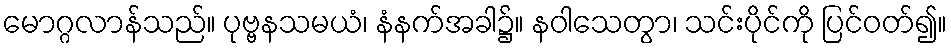
မောဂ္ဂလာန်သည်။ ပုဗ္ဗနသမယံ၊ နံနက်အခါ၌။ နဝါသေတွာ၊ သင်းပိုင်ကို ပြင်ဝတ်၍။